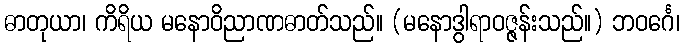
ဓာတုယာ၊ ကိရိယ မနောဝိညာဏဓာတ်သည်။ (မနောဒွါရာဝဇ္ဇန်းသည်။) ဘဝင်္ဂေ၊